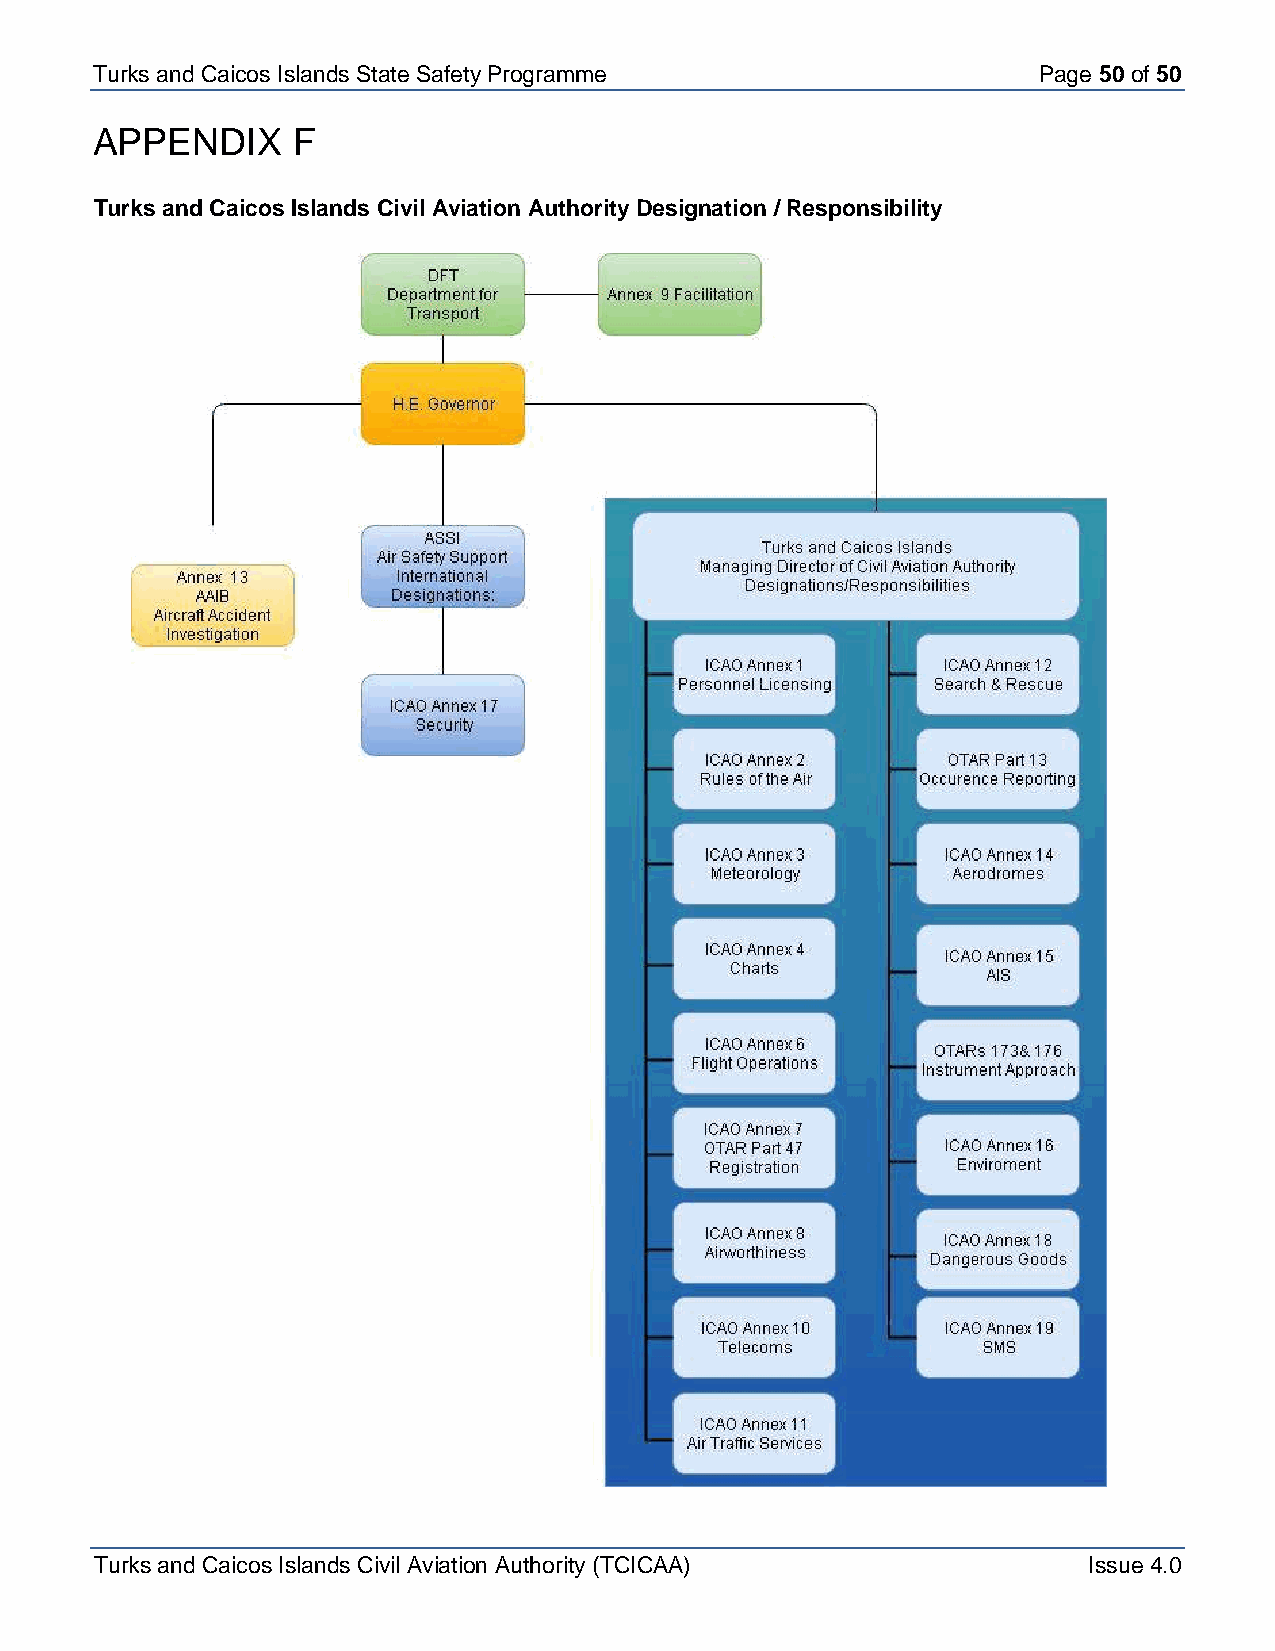
Turks and Caicos Is lands State Safety Programme               Page 50 of 50
 APPENDIX     F
 Turks and Caicos Islands Civil Aviation Authority Designation / Responsibility
 Turks and Caicos Islands Civil Aviation Authority (TCICAA)        Issue 4.0